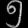
Digit: ၅